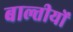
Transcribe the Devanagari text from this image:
बाल्तीयों